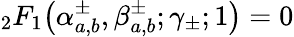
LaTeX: {}_{2}F_{1}\! \left(\alpha_{a,b}^{\pm},\beta_{a,b}^{\pm};\gamma_{\pm};1\right)=0